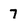
Character: 7